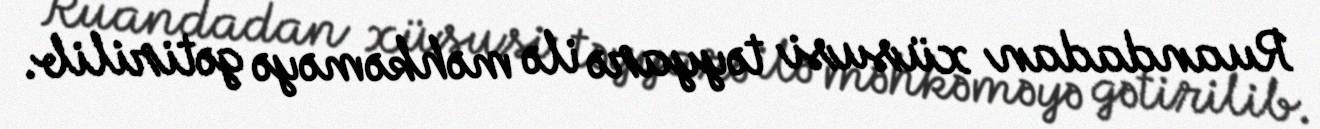
Ruandadan xüsusi təyyarə ilə məhkəməyə gətirilib.